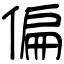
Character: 偏